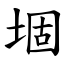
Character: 堌